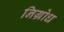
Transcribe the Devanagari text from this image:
निग्रोध